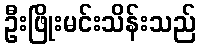
ဦးဖြိုးမင်းသိန်းသည်